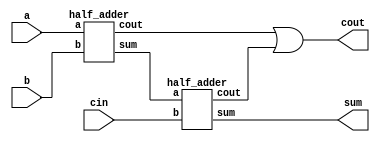
module fa_using_ha(
    input a, b, cin,
    output sum, cout
);

wire w1, w2, w3;

half_adder ha1(a, b, w1, w2);
half_adder ha2(w1, cin, sum, w3);
or(cout, w2, w3);

endmodule


module half_adder(
    input a, b,
    output sum, cout
);

xor(sum, a, b);
and(cout, a, b);

endmodule